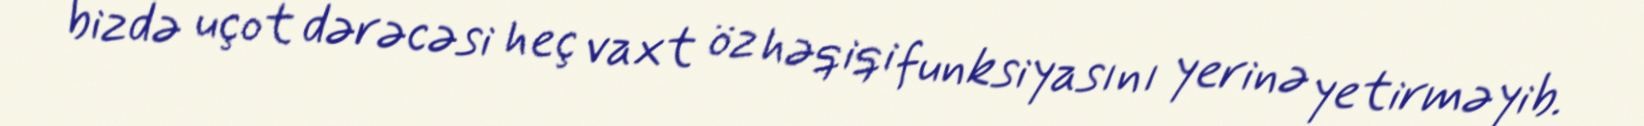
bizdə uçot dərəcəsi heç vaxt öz həqiqi funksiyasını yerinə yetirməyib.